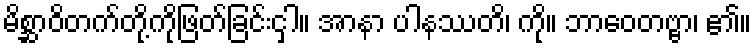
မိစ္ဆာဝိတက်တို့ကိုဖြတ်ခြင်းငှါ။ အာနာ ပါနဿတိ၊ ကို။ ဘာဝေတဗ္ဗာ၊ ၏။